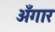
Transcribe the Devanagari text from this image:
अँगार